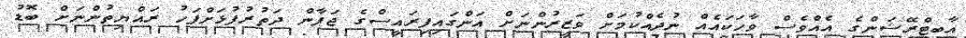
އާބިޓްރޭޝަންގެ އެއްވެސް ވާހަކައެއް ނުދެއްކުމަށް ވަޒީރުންނަށް އަންގައިފިރައީސްގެ ޖަޕާން ދަތުރުފުޅަށްފަހު ރައްޔިތުންނަށް ބޮޑު